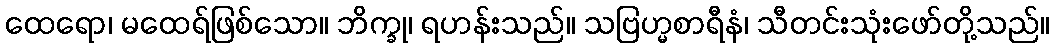
ထေရော၊ မထေရ်ဖြစ်သော။ ဘိက္ခု၊ ရဟန်းသည်။ သဗြဟ္မစာရီနံ၊ သီတင်းသုံးဖော်တို့သည်။